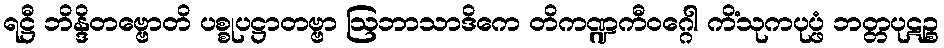
ရဋ္ဌီ ဘိန္ဒိတဗ္ဗောတိ ပစ္စုပဋ္ဌာတဗ္ဗာ ဩဘာသာဒိကေ တိကဏ္ဍကီဝဂ္ဂေါ ကိံသုကပုပ္ဖံ ဘတ္တပုဋဉ္စ